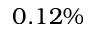
0 . 1 2 \%